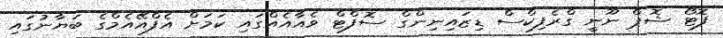
ފޮޓޯ ޝޮޕް ނޫނީ ގްރެފިކްސް ޑިޒައިނިންގް ސޮފްޓް ވެއާއެއްގައި ކަމަށް އެފްއޭއެމްގެ ބަޔާނުގައި